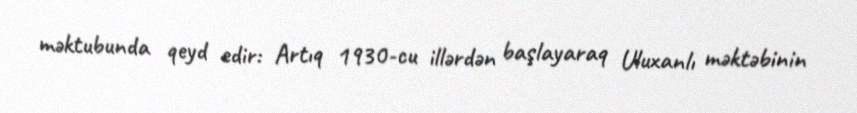
məktubunda qeyd edir: Artıq 1930-cu illərdən başlayaraq Uluxanlı məktəbinin